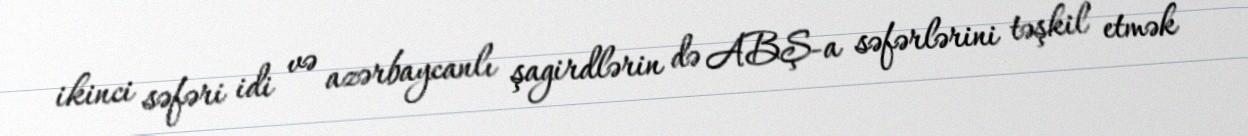
ikinci səfəri idi və azərbaycanlı şagirdlərin də ABŞ-a səfərlərini təşkil etmək